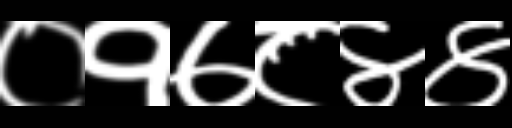
Text: ०१७८४४